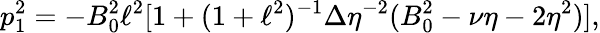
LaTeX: p_{1}^{2}=-B_{0}^{2}\ell^{2}[1+(1+\ell^{2})^{-1}\Delta\eta^{-2}(B_{0}^{2}-\nu\eta-2\eta^{2})],